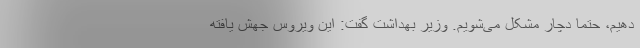
دهیم، حتما دچار مشکل می‌شویم. وزیر بهداشت گفت: این ویروس جهش یافته